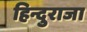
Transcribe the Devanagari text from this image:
हिन्दुराजा